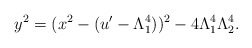
\begin{align*}y^2=(x^2-(u'-\Lambda_1^4))^2-4 \Lambda_1^4 \Lambda_2^4.\end{align*}